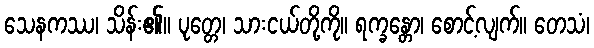
သေနကဿ၊ သိန်း၏။ ပုတ္တေ၊ သားငယ်တို့ကို။ ရက္ခန္တော၊ စောင့်လျက်။ တေသံ၊